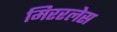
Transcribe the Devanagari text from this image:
मिररलेस